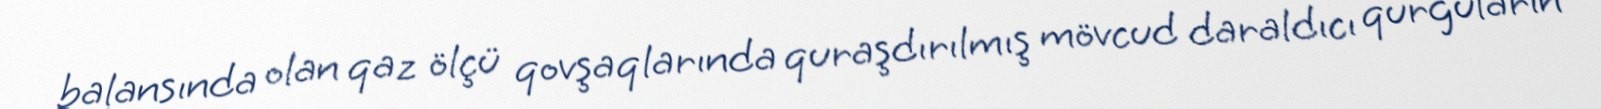
balansında olan qaz ölçü qovşaqlarında quraşdırılmış mövcud daraldıcı qurğuların